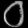
Digit: ၀